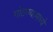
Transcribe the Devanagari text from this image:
गोठण्यामध्ये